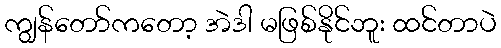
ကျွန်တော်ကတော့ အဲဒါ မဖြစ်နိုင်ဘူး ထင်တာပဲ